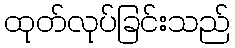
ထုတ်လုပ်ခြင်းသည်